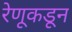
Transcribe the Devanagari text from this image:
रेणूकडून